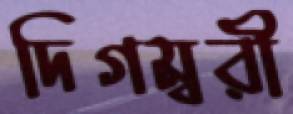
দিগম্বরী